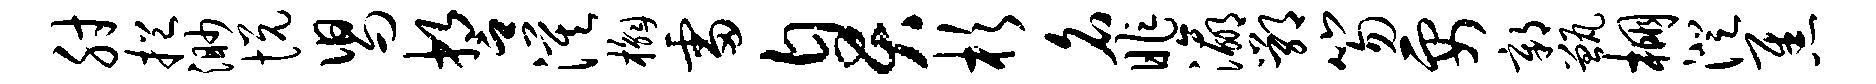
肘挹渺悦舄誓漠槲雷臭杉名昨瀛鄂笏要鄣甑棚澄焦